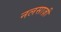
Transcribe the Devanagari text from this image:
नलसाज़ी